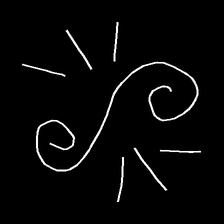
Glyph: wind-directs-air